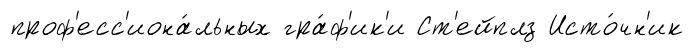
проф'есс'иона́льных гра́ф'ик'и Ст'ейплз Исто́чн'ик